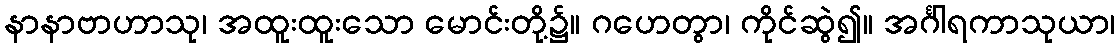
နာနာဗာဟာသု၊ အထူးထူးသော မောင်းတို့၌။ ဂဟေတွာ၊ ကိုင်ဆွဲ၍။ အင်္ဂါရကာသုယာ၊